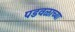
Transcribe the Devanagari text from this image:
पडवळाच्या